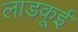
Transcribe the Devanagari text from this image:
लाड़कूई